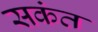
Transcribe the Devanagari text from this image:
सकंत